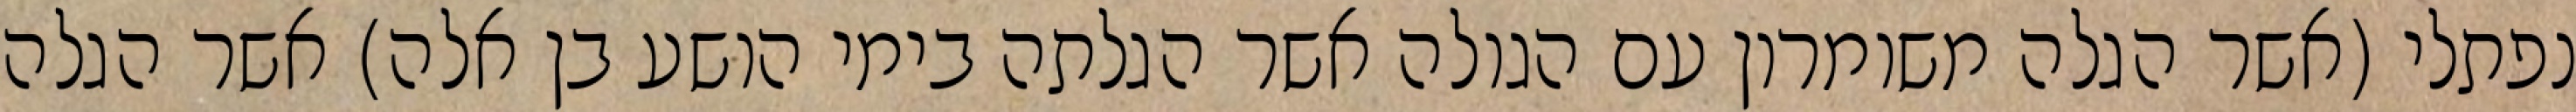
נפתלי (אשר הגלה משומרון עם הגולה אשר הגלתה בימי הושע בן אלה) אשר הגלה